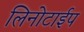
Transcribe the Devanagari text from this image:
लिनोटाईप